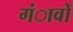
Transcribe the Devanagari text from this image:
गंावों